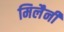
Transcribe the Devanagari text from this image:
मिलैनी